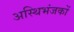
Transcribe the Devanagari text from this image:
अस्थिभंजकों